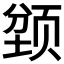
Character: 𲊽